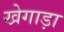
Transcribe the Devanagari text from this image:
खेगाड़ा